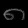
Digit: ၈